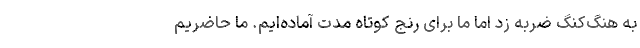
به هنگ‌کنگ ضربه زد اما ما برای رنج کوتاه مدت آماده‌ایم. ما حاضریم